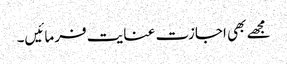
مجھے بھی اجازت عنایت فرمائیں۔